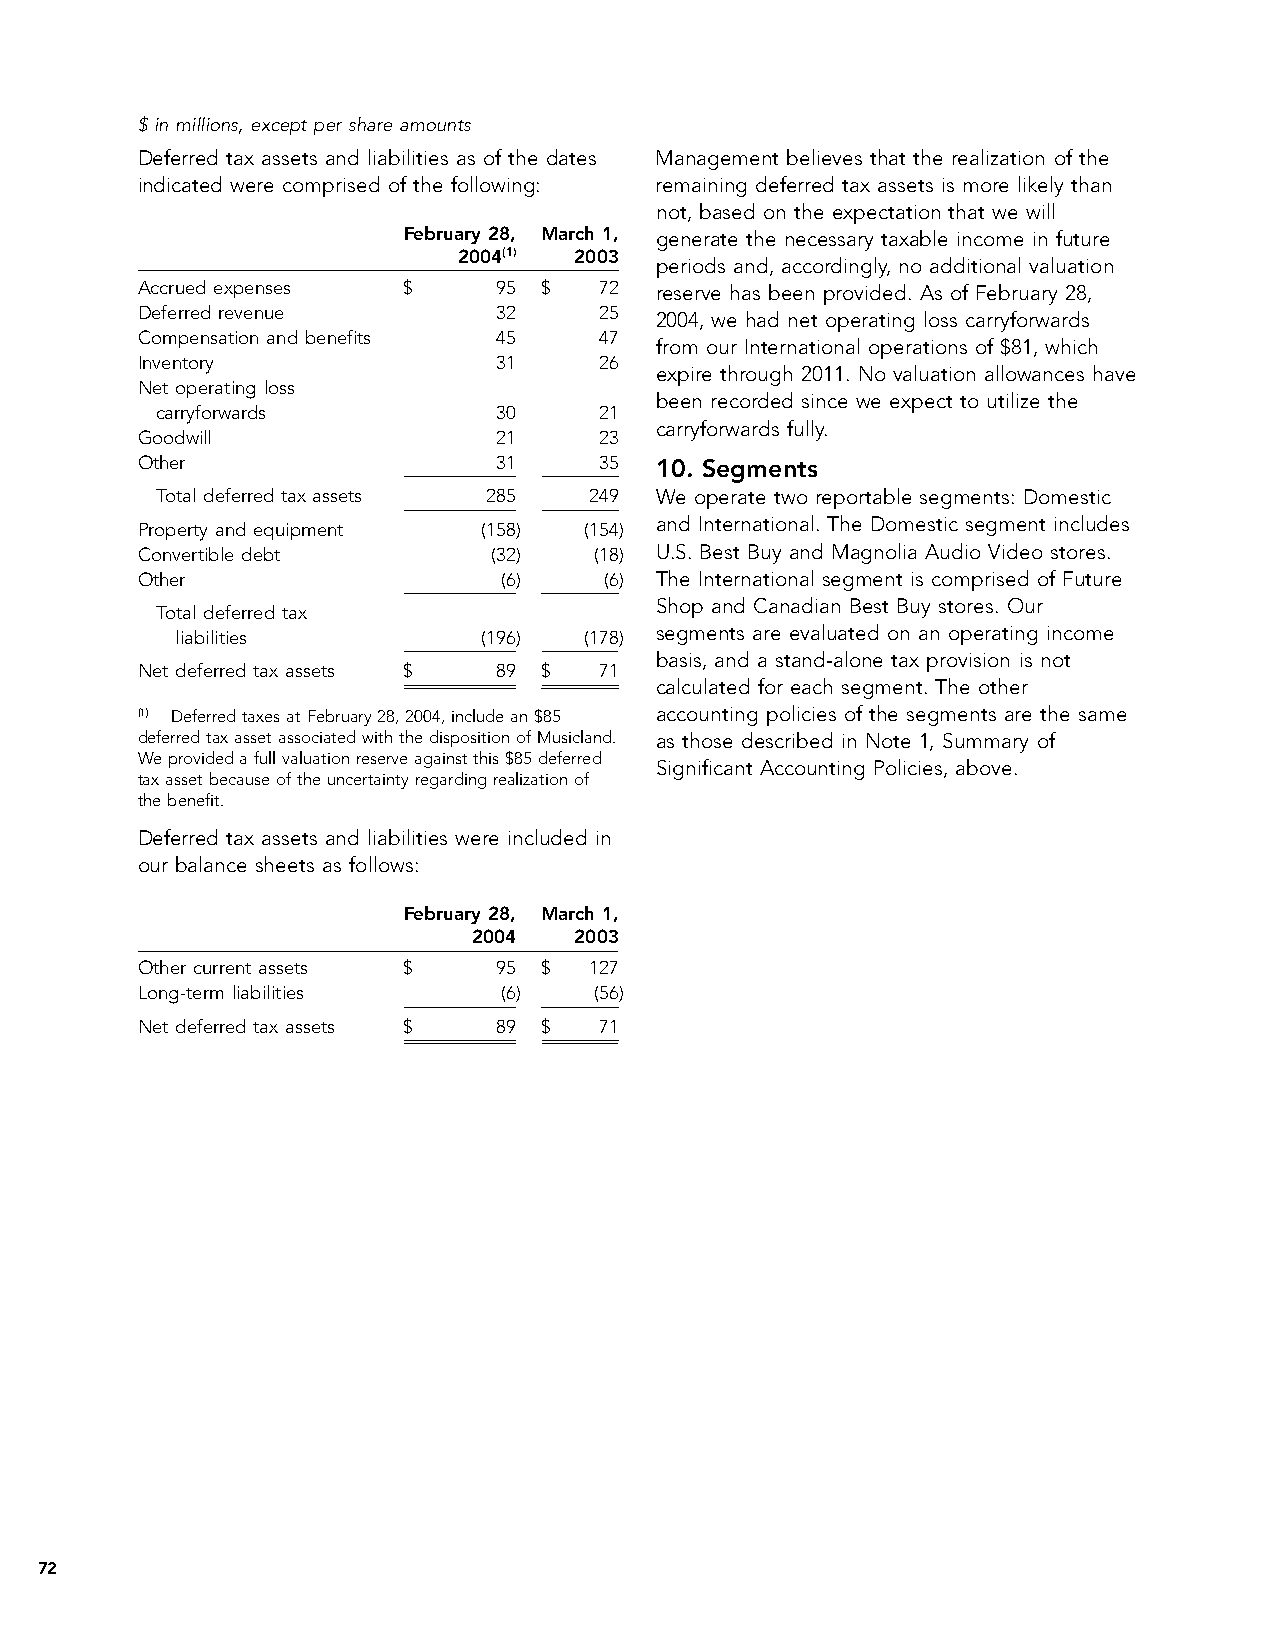
$ in millions, except per share amounts
 Deferred tax assets and liabilities as of the dates Management believes that the realization of the
 indicated were comprised of the following: remaining deferred tax assets is more likely than
 not, based on the expectation that we will
 February 28, March 1, generate the necessary taxable income in future
 2004(1) 2003
 periods and, accordingly, no additional valuation
 Accrued expenses  $     95 $   72 reserve has been provided. As of February 28,
 Deferred revenue        32     25
 2004, we had net operating loss carryforwards
 Compensation and benefits 45   47
 from our International operations of $81, which
 Inventory               31     26
 expire through 2011. No valuation allowances have
 Net operating loss
 been recorded since we expect to utilize the
 carryforwards          30     21
 carryforwards fully.
 Goodwill                21     23
 Other                   31     35 10. Segments
 Total deferred tax assets 285 249 We operate two reportable segments: Domestic
 Property and equipment (158)  (154) and International. The Domestic segment includes
 Convertible debt        (32)  (18) U.S. Best Buy and Magnolia Audio Video stores.
 Other                   (6)    (6) The International segment is comprised of Future
 Shop and Canadian Best Buy stores. Our
 Total deferred tax
 liabilities         (196)  (178) segments are evaluated on an operating income
 basis, and a stand-alone tax provision is not
 Net deferred tax assets $ 89 $ 71
 calculated for each segment. The other
 (1) Deferred taxes at February 28, 2004, include an $85 accounting policies of the segments are the same
 deferred tax asset associated with the disposition of Musicland. as those described in Note 1, Summary of
 We provided a full valuation reserve against this $85 deferred
 Significant Accounting Policies, above.
 tax asset because of the uncertainty regarding realization of
 the benefit.
 Deferred tax assets and liabilities were included in
 our balance sheets as follows:
 February 28, March 1,
 2004   2003
 Other current assets $  95 $  127
 Long-term liabilities   (6)   (56)
 Net deferred tax assets $ 89 $ 71
 72